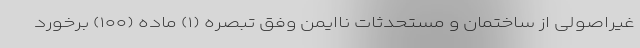
غیراصولی از ساختمان و مستحدثات ناایمن وفق تبصره (۱) ماده (۱۰۰) برخورد